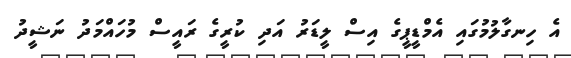
އެ ހިނގާލުމުގައި އެމްޑީޕީގެ އިސް ލީޑަރު އަދި ކުރީގެ ރައީސް މުހައްމަދު ނަޝީދު